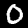
Digit: 0